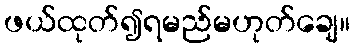
ဖယ်ထုတ်၍ရမည်မဟုတ်ချေ။